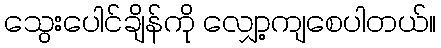
သွေးပေါင်ချိန်ကို လျှော့ကျစေပါတယ်။